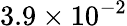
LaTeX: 3.9\times 10^{-2}